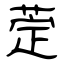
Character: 萣